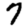
Digit: 7